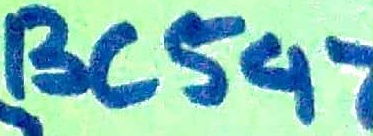
Text: BC547